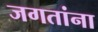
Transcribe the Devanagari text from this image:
जगतांना